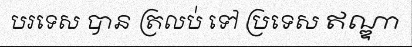
បរទេស បាន ត្រលប់ ទៅ ប្រទេស ឥណ្ឌា